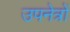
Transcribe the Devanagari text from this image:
उपनेत्रों